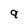
Character: 9